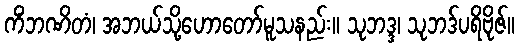
ကိံဘဏိတံ၊ အဘယ်သို့ဟောတော်မူသနည်း။ သုဘဒ္ဒ၊ သုဘဒ်ပရိဗိုဇ်။